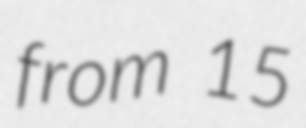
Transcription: from 15